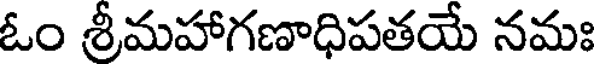
ఓం శ్రీమహాగణాధిపతయే నమః